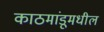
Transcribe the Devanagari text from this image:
काठमांडूमधील